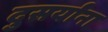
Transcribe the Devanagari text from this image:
दुसर्यांना